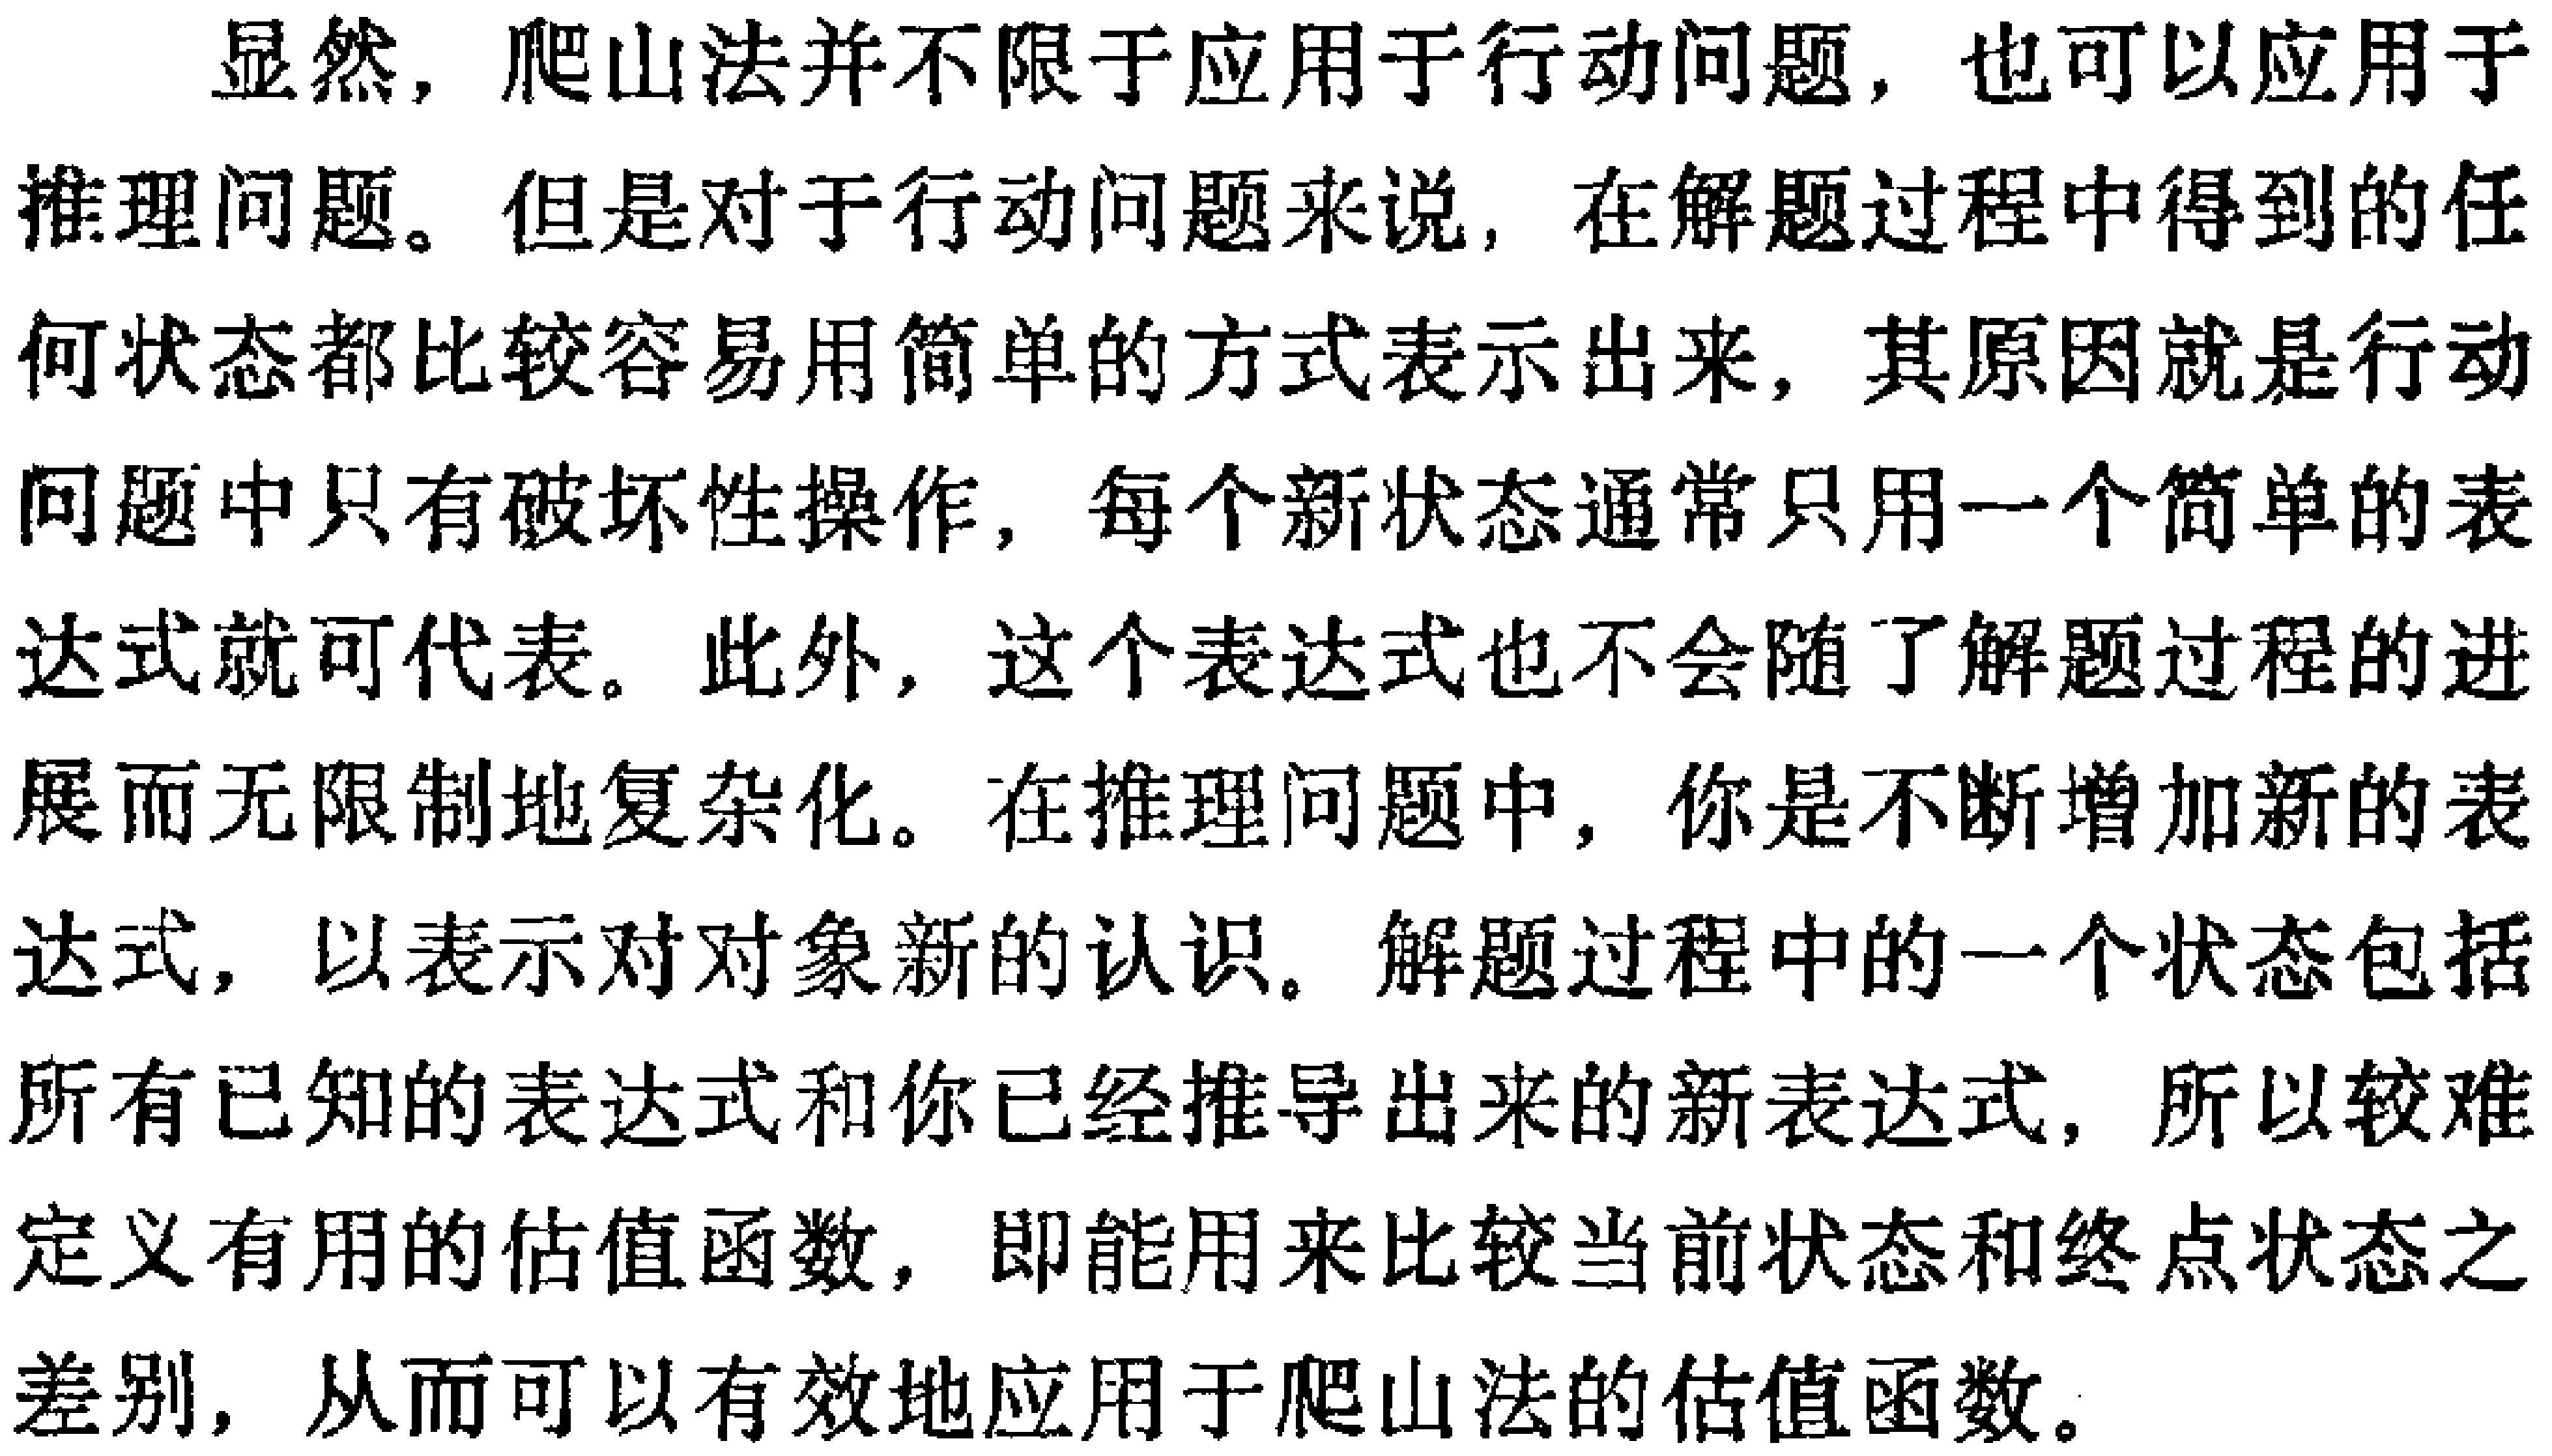
显然，爬山法并不限于应用于行动问题，也可以应用于推理问题。但是对于行动问题来说，在解题过程中得到的任何状态都比较容易用简单的方式表示出来，其原因就是行动问题中只有破坏性操作，每个新状态通常只用一个简单的表达式就可代表。此外，这个表达式也不会随了解题过程的进展而无限制地复杂化。在推理问题中，你是不断增加新的表达式，以表示对对象新的认识。解题过程中的一个状态包括所有已知的表达式和你已经推导出来的新表达式，所以较难定义有用的估值函数，即能用来比较当前状态和终点状态之差别，从而可以有效地应用于爬山法的估值函数。